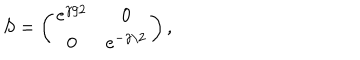
LaTeX: S = \left( \begin{matrix} { { e ^ { \gamma / 2 } } } & { { 0 } } \\ { { 0 } } & { { e ^ { - \gamma / 2 } } } \\ \end{matrix} \right) ,